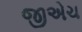
જીએચ